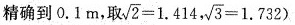
精确到0 . 1 m，取$$\sqrt { 2 } =1 . 4 1 4 4$$, $$\sqrt { 3 } = 1 . 7 3 2 )$$